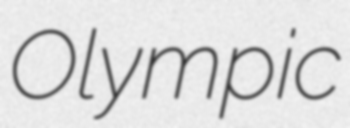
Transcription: Olympic